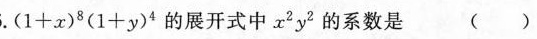
5.(1+x)8(1+y)4的展开式中x2y2的系数是 （）